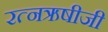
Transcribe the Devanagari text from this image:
रत्नऋषीजी